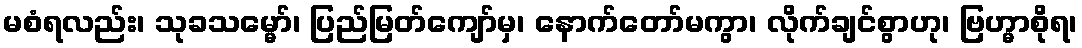
မစံရလည်း၊ သုခသမ္မော်၊ ပြည်မြတ်ကျော်မှ၊ နောက်တော်မကွာ၊ လိုက်ချင်စွာဟု၊ ဗြဟ္မာစိုရ၊